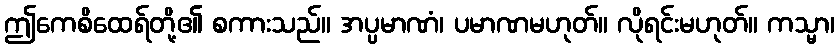
ဤကေစိထေရ်တို့၏ စကားသည်။ အပ္ပမာဏံ၊ ပမာဏမဟုတ်။ လိုရင်းမဟုတ်။ ကသ္မာ၊